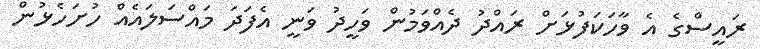
ރައީސްގެ އެ ވާހަކަފުޅަށް ރައްދު ދެއްވަމުން ވަހީދު ވަނީ އެފަދަ މައްސަލައެއް ހުށަހެޅުން